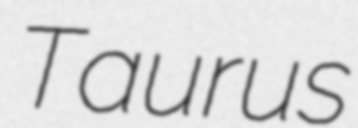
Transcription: Taurus